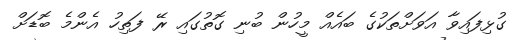
ގުޅިފައިވާ އަވަށްތަކުގެ ބައެއް މީހުން ބުނި ގޮތުގައި ރޭ ފަތިހު އެންމެ ބޮޑަށް